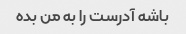
باشه آدرست را به من بده